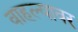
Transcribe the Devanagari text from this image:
वाहल्यावर